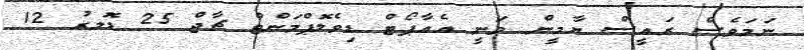
ނަމަވެސް ރައީސް ޔާމީން ވަނީ އެެއާޕޯޓް ޑިވެލޮޕްމަންޓް ޗާޖް 25 ޑޮަލރު 12